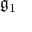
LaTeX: { \mathfrak { g } } _ { 1 }